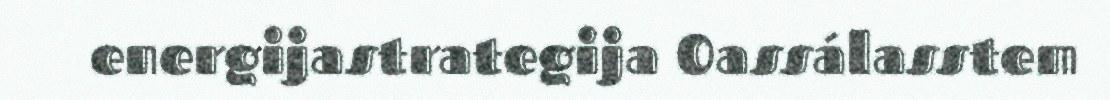
energijastrategija Oassálasstem